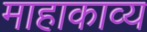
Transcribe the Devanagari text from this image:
माहाकाव्य